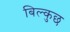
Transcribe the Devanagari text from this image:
बिल्कुछ